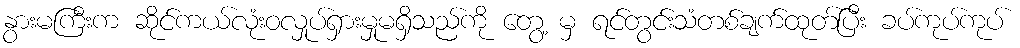
နွားမကြီးက ဆိုင်ကယ်လုံးဝလှုပ်ရှားမှုမရှိသည်ကို တွေ့ မှ ရင်တွင်းသံတစ်ချက်ထုတ်ပြီး ခပ်ကုပ်ကုပ်